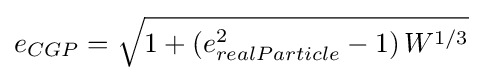
e_{CGP}={\sqrt {1+\left(e_{realParticle}^{2}-1\right)W^{1/3}}}